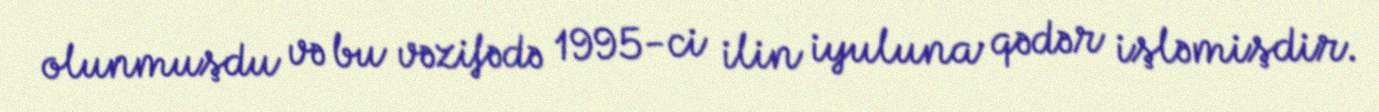
olunmuşdu və bu vəzifədə 1995-ci ilin iyuluna qədər işləmişdir.